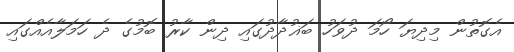
އެގޮތުން މިދިޔަ ހޯމަ ދުވަހު ބަޣުދާދުގައި ދިން ކާރު ބޮމުގެ ދެ ހަމަލާއެއްގައި